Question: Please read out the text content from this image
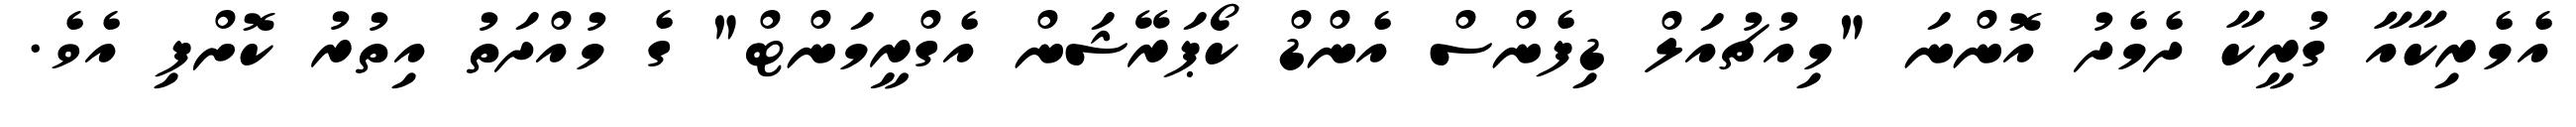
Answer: އެމެރިކާއާ ގުރީކާ ދެމެދު އޮންނަ "މިއުޗުއަލް ޑިފެންސް އެންޑް ކޯޕަރޭޝަން އެގްރީމަންޓް" ގެ މުއްދަތު އިތުރު ކޮށްފި އެވެ.